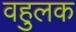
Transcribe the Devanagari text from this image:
वहुलक